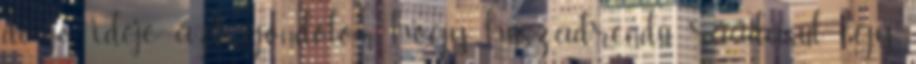
de jó ideje azt gondolom, hogy huszadrendű, ráadásul egy